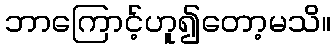
ဘာကြောင့်ဟူ၍တော့မသိ။